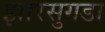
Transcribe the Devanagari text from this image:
झारसुगडा